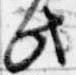
此